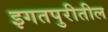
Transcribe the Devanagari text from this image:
इगतपुरीतील